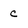
Character: C